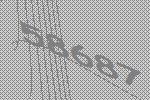
58687